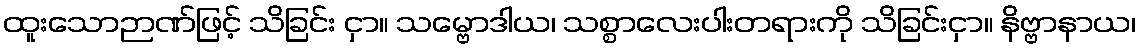
ထူးသောဉာဏ်ဖြင့် သိခြင်း ငှာ။ သမ္ဗောဒါယ၊ သစ္စာလေးပါးတရားကို သိခြင်းငှာ။ နိဗ္ဗာနာယ၊